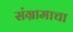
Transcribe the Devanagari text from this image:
संग्रामाचा